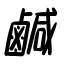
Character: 鹹